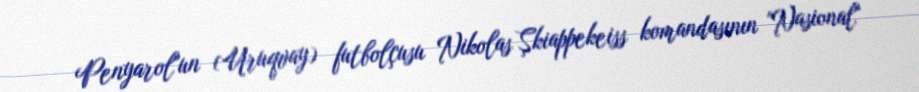
Penyarol"un (Uruqvay) futbolçusu Nikolas Şkiappekeiss komandasının "Nasional"